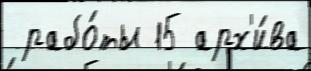
 рабо́ты 15 арх'и́ва